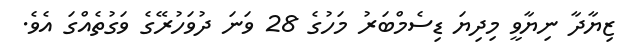
ޒިޔާދާ ނިޔާވީ މިދިޔަ ޑިސެމްބަރު މަހުގެ 28 ވަނަ ދުވަހުރޭގެ ވަގުތެއްގަ އެވެ.